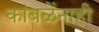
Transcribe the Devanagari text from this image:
कांबळेंनाही